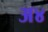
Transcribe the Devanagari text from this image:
अ४